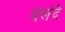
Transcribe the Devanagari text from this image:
यलंदे